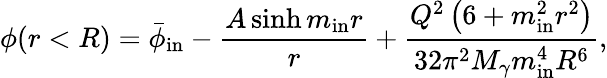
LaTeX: \phi(r<R)=\bar{\phi}_{\mathrm{in}}-\frac{A\sinh m_{\mathrm{in}}r}{r}+\frac{Q^{2}\left(6+m_{\mathrm{in}}^{2}r^{2}\right)}{32\pi^{2}M_{\gamma}m_{\mathrm{in}}^{4}R^{6}},